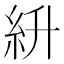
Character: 𥾷